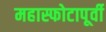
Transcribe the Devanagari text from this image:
महास्फोटापूर्वी